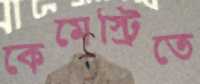
কেমেস্ট্রিতে